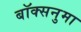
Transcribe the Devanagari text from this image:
बॉक्सनुमा